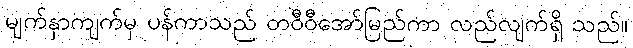
မျက်နှာကျက်မှ ပန်ကာသည် တဝီဝီအော်မြည်ကာ လည်လျက်ရှိ သည်။